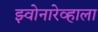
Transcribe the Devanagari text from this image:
झ्वोनारेव्हाला